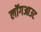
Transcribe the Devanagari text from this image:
लॉगआउट